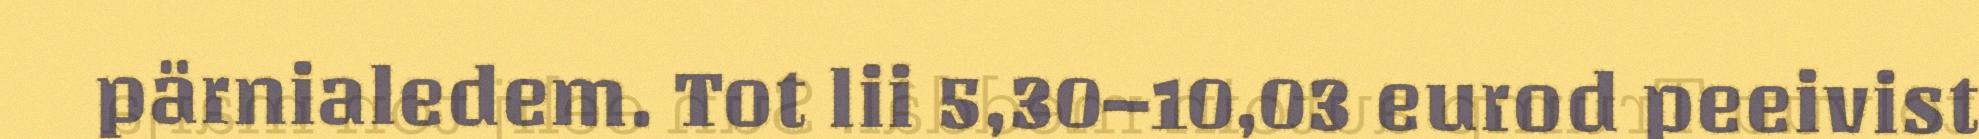
pärnialedem. Tot lii 5,30–10,03 eurod peeivist